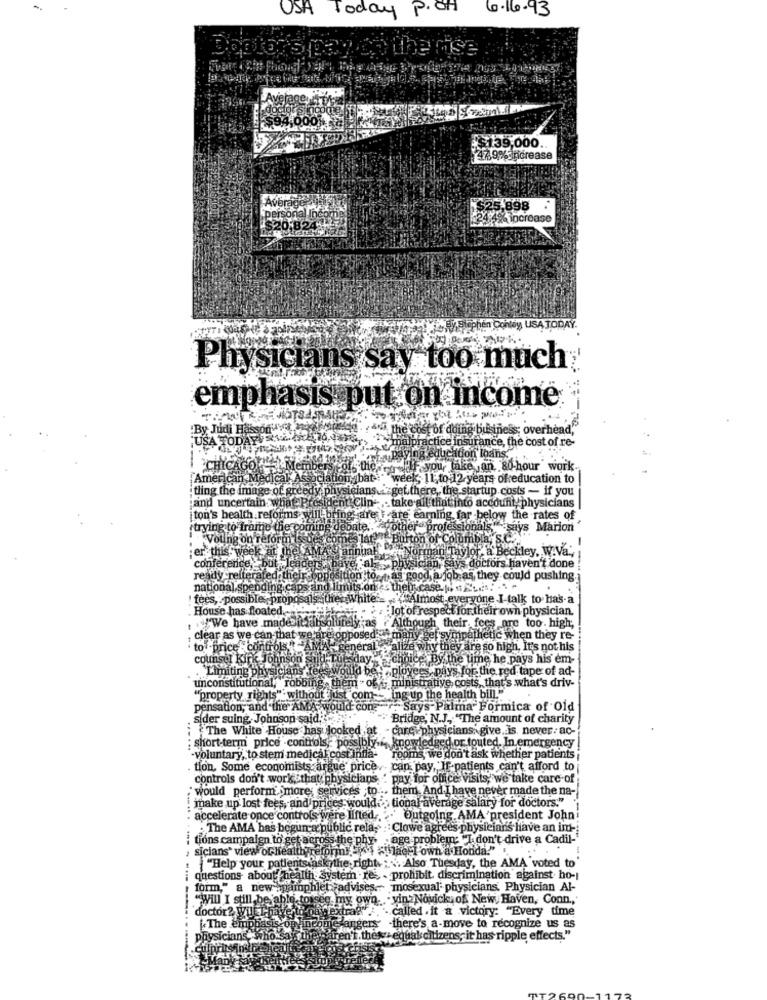
USA Today P. OH
6.16.93
Dottor's pay by the rise
$139,000.
47.99% increase
Ave
personal ned
$25,898
24.4% increase
Ry Stephen Conley USA TODAY.
Physicians say too much
emphasis put on income
'By Judi Hasson V 4
wa the cost of doing business; overhead,"
USA TODAY NEIONO
malpractice insurance, the cost of re-
Paying educ ition loans,
CHICAGOEI MERSEAO
scol. the call you, lake van 80-hour work
American
cak'A
ation bat
week, 11, to-12 years ofeducation to
dling the image of greedy physicians "get there ,, the startup costs - if you
jand uncertain. what-P
what- President Clin -,- take all that into account, physicians
ton's health reforms will bring are I care earning far below the rates of
trying to frame the coming debate. other professionals"" "says Marion"
"Voting on reform issu
es lat .. "Burton of Columbia, s.C.
er this.
AMA'S annual
orman Taylor, a Beckley. W.Va .,
conference.
Sades. baye al > physician
ys doctors haven't done
ready reiterated their oppe
don'to has good a job as, they could pushing.
national spending caps and limits on? = their case.p. s &' ..
fees, : possibles proposals the White = . Almost everyone I-talk to has-a
House has floated."
:: : Jot of respect for their own physician.
"We have made itsabsolutely ;as . Although their, fees are too. high;
clear as we can-that we
reìopposed many ge
pathetic when they re-
to .price controls
general o alize why they are so high, It's not his
counsel Kirk Johnson said-Tu
Peterchoice By the time he pays his em-
ould beyaplovees, pays for the red tape of ad-
.Limiting physicians
unconstitutional, robbing, them - of - ministrative, costs, that's what's driv-
"property rights" without just com -- ing up the health bill.""
pensation, and the AMA- would con
r. Says-Palma Formica of Old
sider suing. Johnson said; *:
Bridge, N.J ., "The amount of charity
The White House has looked at -core physicians. give. is. never: ac-
: short-term price -controls, possibly.", knowledged or touted. In emergency |
-voluntary, to stem medical cost infla-
rooms, we don't ask whether patients
tion, Some economists argue price. can pay, If-patients can't afford to
controls don't work, that physicians.
pay for office visits; we take care of
them. And I have never made the na-
make up lost fees, and prices would."> tional average salary for doctors."
would perform imore; services ;to
..... .
accelerate once controls were lifted ..
Outgoing AMA'president Johni
:The AMA has beguna public rela;
Clowe agrees physicians have an in-
tions campaign to get across the phy
age problem: "I don't drive a Cadil-'
sicians" view ofhealth reform es ac ] own a Honda."
"Help your patients ask the right .: \. Also Tuesday, the AMA voted to'
questions about health System res, - prohibit discrimination against ho-
form," a new pamphlet advises. mosexual physicians. Physician Al-
"Will I still bejal
eg my own. .- vin:Novick of New Haven, Conn ., '
... called . it a victory: "Every time
doctor? Wul I have to
[The empba
op ineomie angers there's a-move to recognize us as
physicians, whokak theyaren't thes" equal citizens; it has ripple effects."
refisí